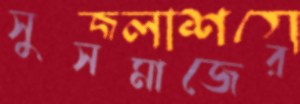
সুসমাজের